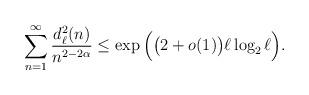
LaTeX: \begin{align*} \sum_{n=1}^{\infty}\frac{d_{\ell}^{2}(n)}{n^{2-2\alpha}} \leq \exp\Big(\big(2+o(1)\big) \ell\log_2 \ell \Big). \end{align*}